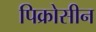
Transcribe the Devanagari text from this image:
पिक्रोसीन